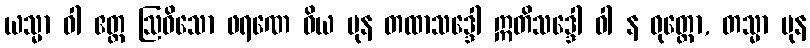
ယသ္မာ ဝါ ဧတ္ထ ဩဓိသော ဖရဏေ ဝိယ ပုန တထာသဒ္ဒေါ ဣတိသဒ္ဒေါ ဝါ န ဝုတ္တော, တသ္မာ ပုန